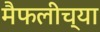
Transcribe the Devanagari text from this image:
मैफलीच्या